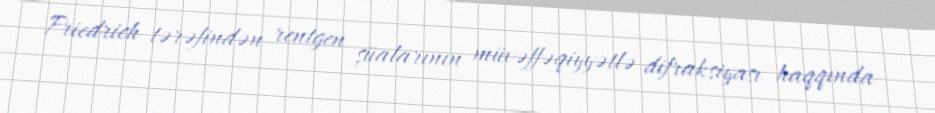
Friedrich tərəfindən rentgen şüalarının müvəffəqiyyətlə difraksiyası haqqında